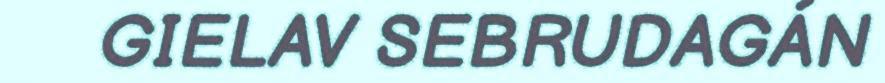
GIELAV SEBRUDAGÁN